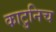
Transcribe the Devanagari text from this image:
काटुनिच